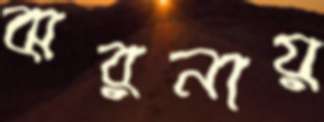
ঝরনায়